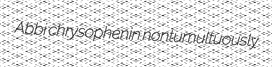
Abbi chrysophenin nontumultuously